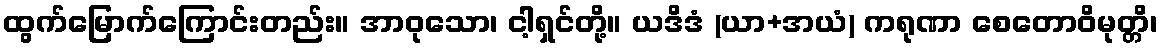
ထွက်မြောက်ကြောင်းတည်း။ အာဝုသော၊ ငါ့ရှင်တို့။ ယဒိဒံ (ယာ+အယံ) ကရုဏာ စေတောဝိမုတ္တိ၊